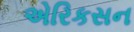
એરિકસન